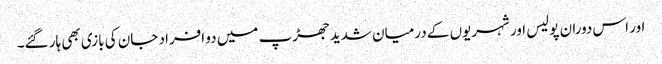
اور اس دوران پولیس اور شہریوں کے درمیان شدید جھڑپ میں دو افراد جان کی بازی بھی ہار گئے۔